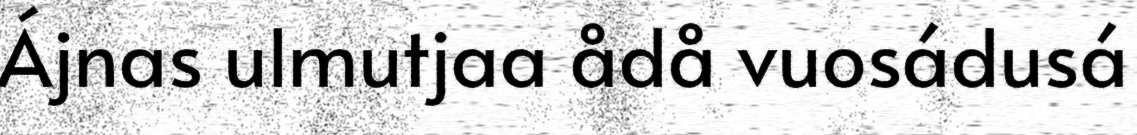
Ájnas ulmutjaa ådå vuosádusá